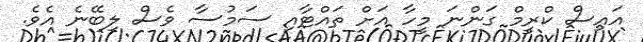
އައިސް ކްރީމް ގަންނަ މީހާ އަށް ތައްޓާއި ސަމުސާ ވެސް ލިބޭނެ އެވެ.